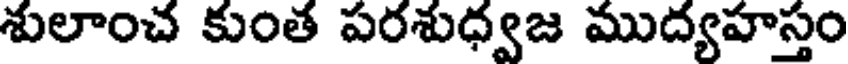
శులాంచ కుంత పరశుధ్వజ ముద్యహస్తం